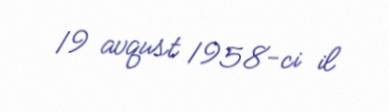
19 avqust 1958-ci il